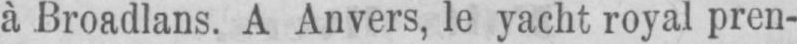
à Broadlans. A Anvers, le yacht royal pren-